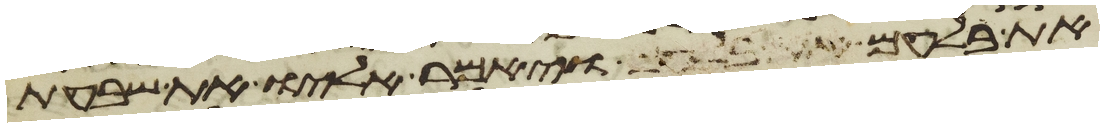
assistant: את בלעם ויאמר אליו את שבעת